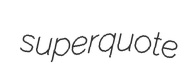
superquote